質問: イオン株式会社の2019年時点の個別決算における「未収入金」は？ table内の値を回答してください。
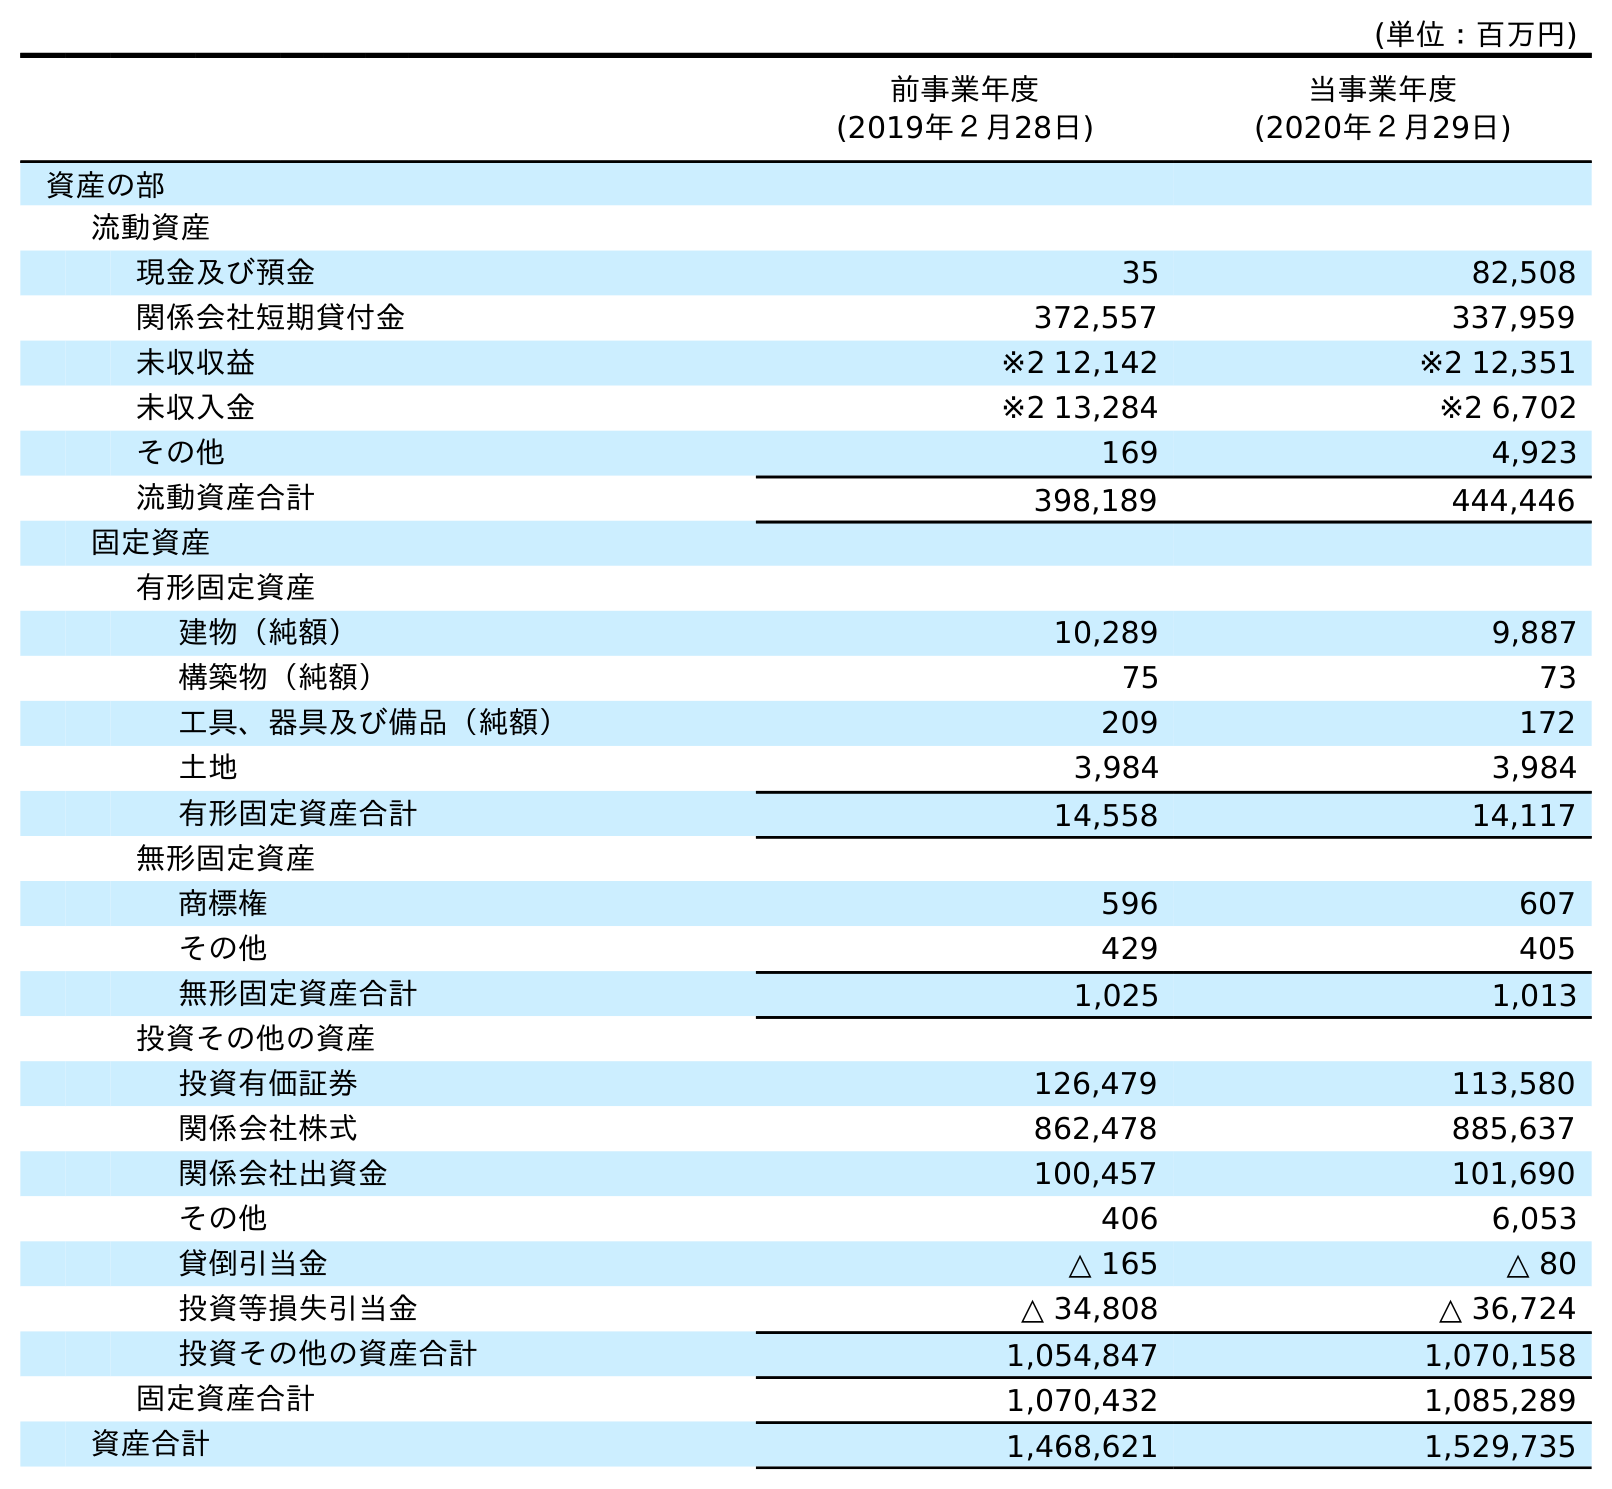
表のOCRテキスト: (単位：百万円) 前事業年度 (2019年２月28日) 当事業年度 (2020年２月29日) 資産の部 流動資産 現金及び預金 35 82,508 関係会社短期貸付金 372,557 337,959 未収収益 ※2 12,142 ※2 12,351 未収入金 ※2 13,284 ※2 6,702 その他 169 4,923 流動資産合計 398,189 444,446 固定資産 有形固定資産 建物（純額） 10,289 9,887 構築物（純額） 75 73 工具、器具及び備品（純額） 209 172 土地 3,984 3,984 有形固定資産合計 14,558 14,117 無形固定資産 商標権 596 607 その他 429 405 無形固定資産合計 1,025 1,013 投資その他の資産 投資有価証券 126,479 113,580 関係会社株式 862,478 885,637 関係会社出資金 100,457 101,690 その他 406 6,053 貸倒引当金 △ 165 △ 80 投資等損失引当金 △ 34,808 △ 36,724 投資その他の資産合計 1,054,847 1,070,158 固定資産合計 1,070,432 1,085,289 資産合計 1,468,621 1,529,735
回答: ※213,284